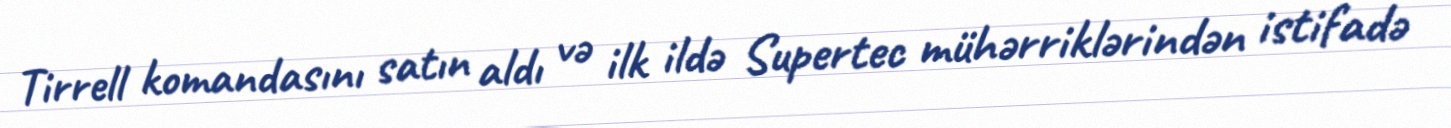
Tirrell komandasını satın aldı və ilk ildə Supertec mühərriklərindən istifadə